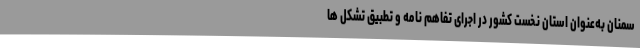
سمنان به‌عنوان استان نخست کشور در اجرای تفاهم نامه و تطبیق تشکل ها